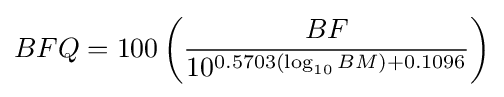
BFQ=100\left({\frac {BF}{10^{0.5703(\log _{10}BM)+0.1096}}}\right)